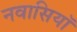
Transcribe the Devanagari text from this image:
नवासियाॅ